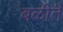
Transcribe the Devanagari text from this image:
बळीतै